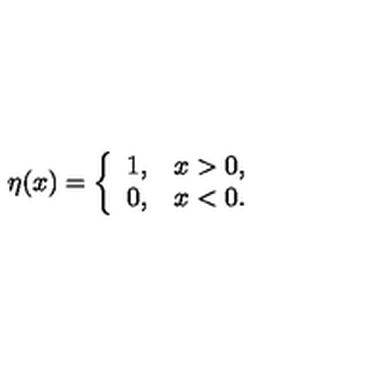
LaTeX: \eta ( x ) = \left\{ \begin{array} { c c } { 1 , } & { x > 0 , } \\ { 0 , } & { x < 0 . } \\ \end{array} \right.